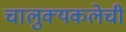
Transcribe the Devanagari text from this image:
चालुक्यकलेची